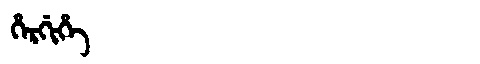
Manchu: ᡥᡝᡵᡤᡳᡥᡝ
Romanization: HERGIHE